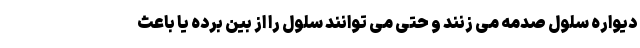
دیواره سلول صدمه می زنند و حتی می توانند سلول را از بین برده یا باعث